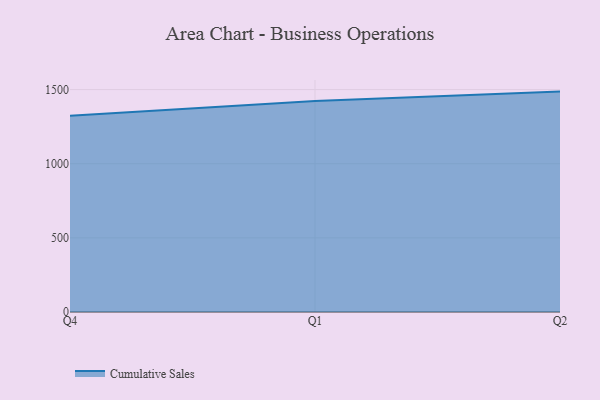
{"axis": {"x": "Quarter", "y": "Satisfaction Score"}, "legend": ["Cumulative Sales"], "data": [{"x": "Q4", "y": 1323.7, "type": "Cumulative Sales"}, {"x": "Q1", "y": 1423.5, "type": "Cumulative Sales"}, {"x": "Q2", "y": 1486.4, "type": "Cumulative Sales"}]}